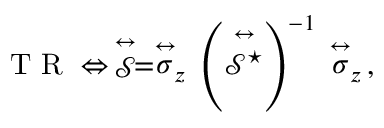
\mathrm { ~ T ~ R ~ } \Leftrightarrow \, \stackrel { \leftrightarrow } { \mathcal { S } } = \stackrel { \leftrightarrow } { \sigma } _ { z } \, \left( \stackrel { \leftrightarrow } { \mathcal { S } ^ { \star } } \right) ^ { - 1 } \, \stackrel { \leftrightarrow } { \sigma } _ { z } \, ,